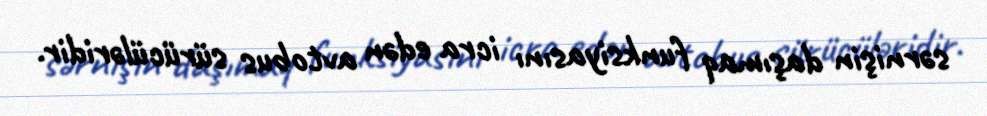
sərnişin daşımaq funksiyasını icra edən avtobus sürücüləridir.